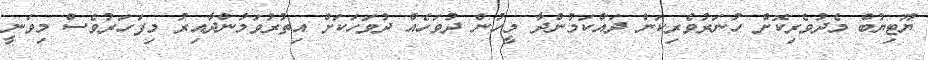
ޔޫޓިޔުބް މެދުވެރިކޮށް ހުނަރުވެރިކަން ދައްކަމުންދާ މީހުން ދުވަހެއް ދުވަހަކަށް އިތުރުވަމުންދާއިރު މިފަހަރުވެސް މިވަނީ